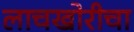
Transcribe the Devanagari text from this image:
लाचखोरीचा